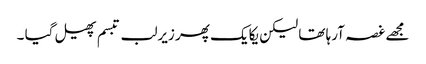
مجھے غصہ آرہا تھا لیکن یکایک پھر زیرلب تبسم پھیل گیا ۔